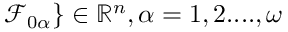
\mathcal { F } _ { 0 \alpha } \} \in \mathbb { R } ^ { n } , \alpha = 1 , 2 . . . . , \omega